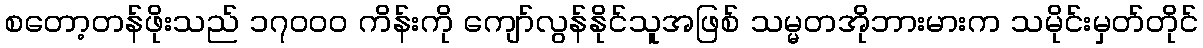
စတော့တန်ဖိုးသည် ၁၇၀၀၀ ကိန်းကို ကျော်လွန်နိုင်သူအဖြစ် သမ္မတအိုဘားမားက သမိုင်းမှတ်တိုင်